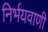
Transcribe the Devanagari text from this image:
निर्भयवाणी